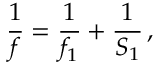
{ \frac { 1 } { f } } = { \frac { 1 } { f _ { 1 } } } + { \frac { 1 } { S _ { 1 } } } \, ,